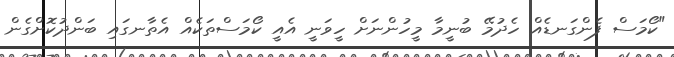
"ކޯމަސް ފެންގަނޑެއް ހެދުމޭ ބުނީމާ މީހުންނަށް ހީވަނީ އެއީ ކޯމަސްތަކެއް އެތާނގައި ބަންދުކޮށްގެން